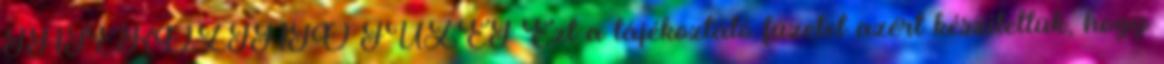
TÁJÉKOZTATÓ FÜZET Ezt a tájékoztató füzetet azért készítettük, hogy